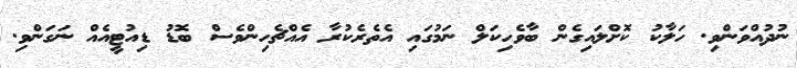
ނުދުއްވަންވި. ހަލާކު ކޮށްލައިގެން ބާވެހިކަލް ނަމުގައި އެތެރެކުރާ އެއްޗެހިންވެސް ބޮޑު ޑިއުޓީއެއް ނަގަންވި.